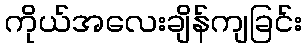
ကိုယ်အလေးချိန်ကျခြင်း